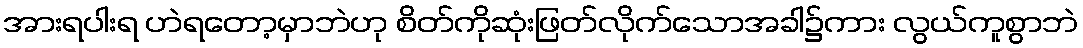
အားရပါးရ ဟဲရတော့မှာဘဲဟု စိတ်ကိုဆုံးဖြတ်လိုက်သောအခါ၌ကား လွယ်ကူစွာဘဲ